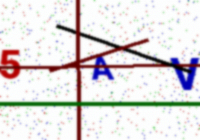
Text: 5AV